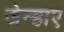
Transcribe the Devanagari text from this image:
जेन्हाए